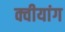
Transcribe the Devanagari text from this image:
क्वीयांग